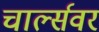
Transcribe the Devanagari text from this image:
चार्ल्सवर